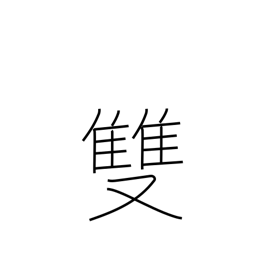
Meaning: counter for pairs